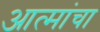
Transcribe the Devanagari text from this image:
आत्मांचा